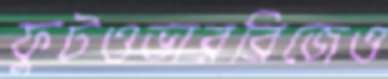
ফুটওভারব্রিজেও